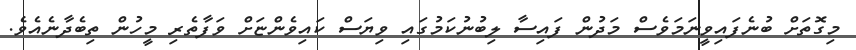
މިގޮތަށް ބުނެފައިވީނަމަވެސް މަދުން ފައިސާ ލިބުނުކަމުގައި ވިޔަސް ކައިވެންޏަށް ވަފާތެރި މީހުން ތިބެދާނެއެވެ.